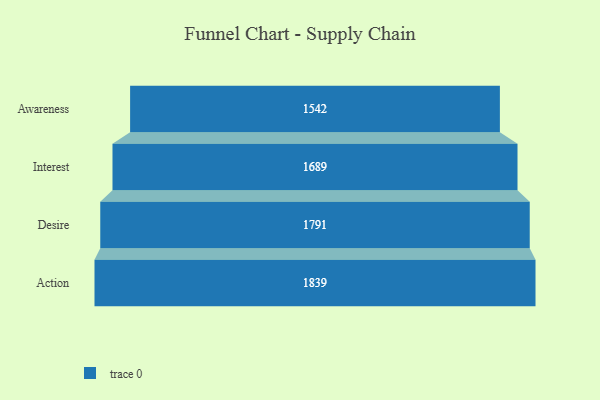
{"axis": {"x": "Stage", "y": "Value"}, "legend": [""], "data": [{"x": "Awareness", "y": 1542.0, "type": ""}, {"x": "Interest", "y": 1689.0, "type": ""}, {"x": "Desire", "y": 1791.0, "type": ""}, {"x": "Action", "y": 1839.0, "type": ""}]}